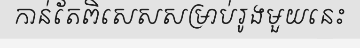
កាន់តែពិសេសសម្រាប់រូងមួយនេះ